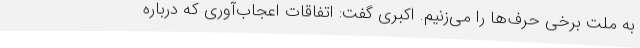
به ملت برخی حرف‌ها را می‌زنیم. اکبری گفت: اتفاقات اعجاب‌آوری که درباره